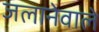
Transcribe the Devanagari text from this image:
जलानेवाले